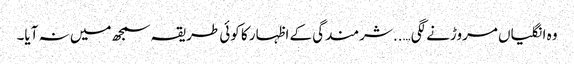
وہ انگلیاں مروڑنے لگی…..شرمندگی کے اظہار کا کوئی طریقہ سمجھ میں نہ آیا۔